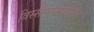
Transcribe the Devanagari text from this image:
विस्सेन्षाफ्टकोलेज